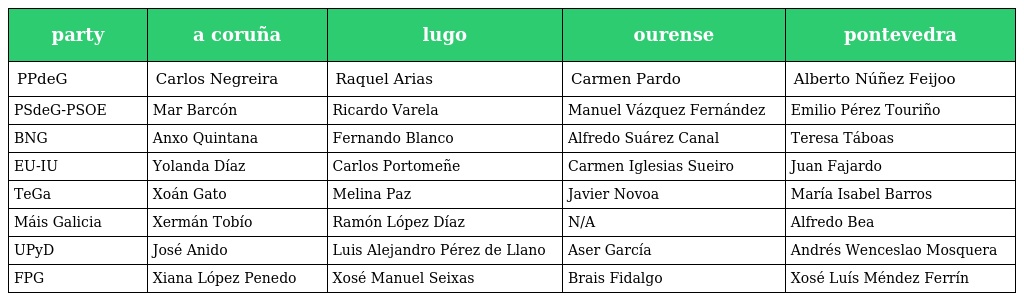
| party | a coruña | lugo | ourense | pontevedra |
 | --- | --- | --- | --- | --- |
 | PPdeG | Carlos Negreira | Raquel Arias | Carmen Pardo | Alberto Núñez Feijoo |
 | PSdeG-PSOE | Mar Barcón | Ricardo Varela | Manuel Vázquez Fernández | Emilio Pérez Touriño |
 | BNG | Anxo Quintana | Fernando Blanco | Alfredo Suárez Canal | Teresa Táboas |
 | EU-IU | Yolanda Díaz | Carlos Portomeñe | Carmen Iglesias Sueiro | Juan Fajardo |
 | TeGa | Xoán Gato | Melina Paz | Javier Novoa | María Isabel Barros |
 | Máis Galicia | Xermán Tobío | Ramón López Díaz | N/A | Alfredo Bea |
 | UPyD | José Anido | Luis Alejandro Pérez de Llano | Aser García | Andrés Wenceslao Mosquera |
 | FPG | Xiana López Penedo | Xosé Manuel Seixas | Brais Fidalgo | Xosé Luís Méndez Ferrín |